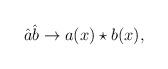
LaTeX: \begin{align*}\hat{a}\hat{b} \rightarrow a(x) \star b(x),\end{align*}